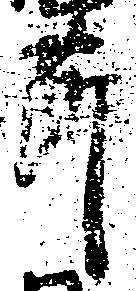
節